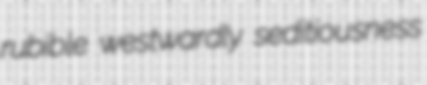
rubible westwardly seditiousness